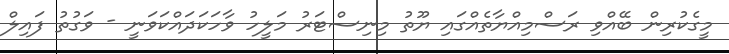
މީގެކުރިން ބޭއްވި ރަސްމިއްޔާތެއްގައި ޔޫތު މިނިސްޓަރު މަލީހު ވާހަކަދައްކަވަނީ - ވަގުތު ފައިލް